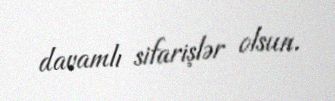
davamlı sifarişlər olsun.